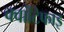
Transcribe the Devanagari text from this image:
क्वांटिफाइ